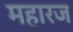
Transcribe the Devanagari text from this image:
महारज